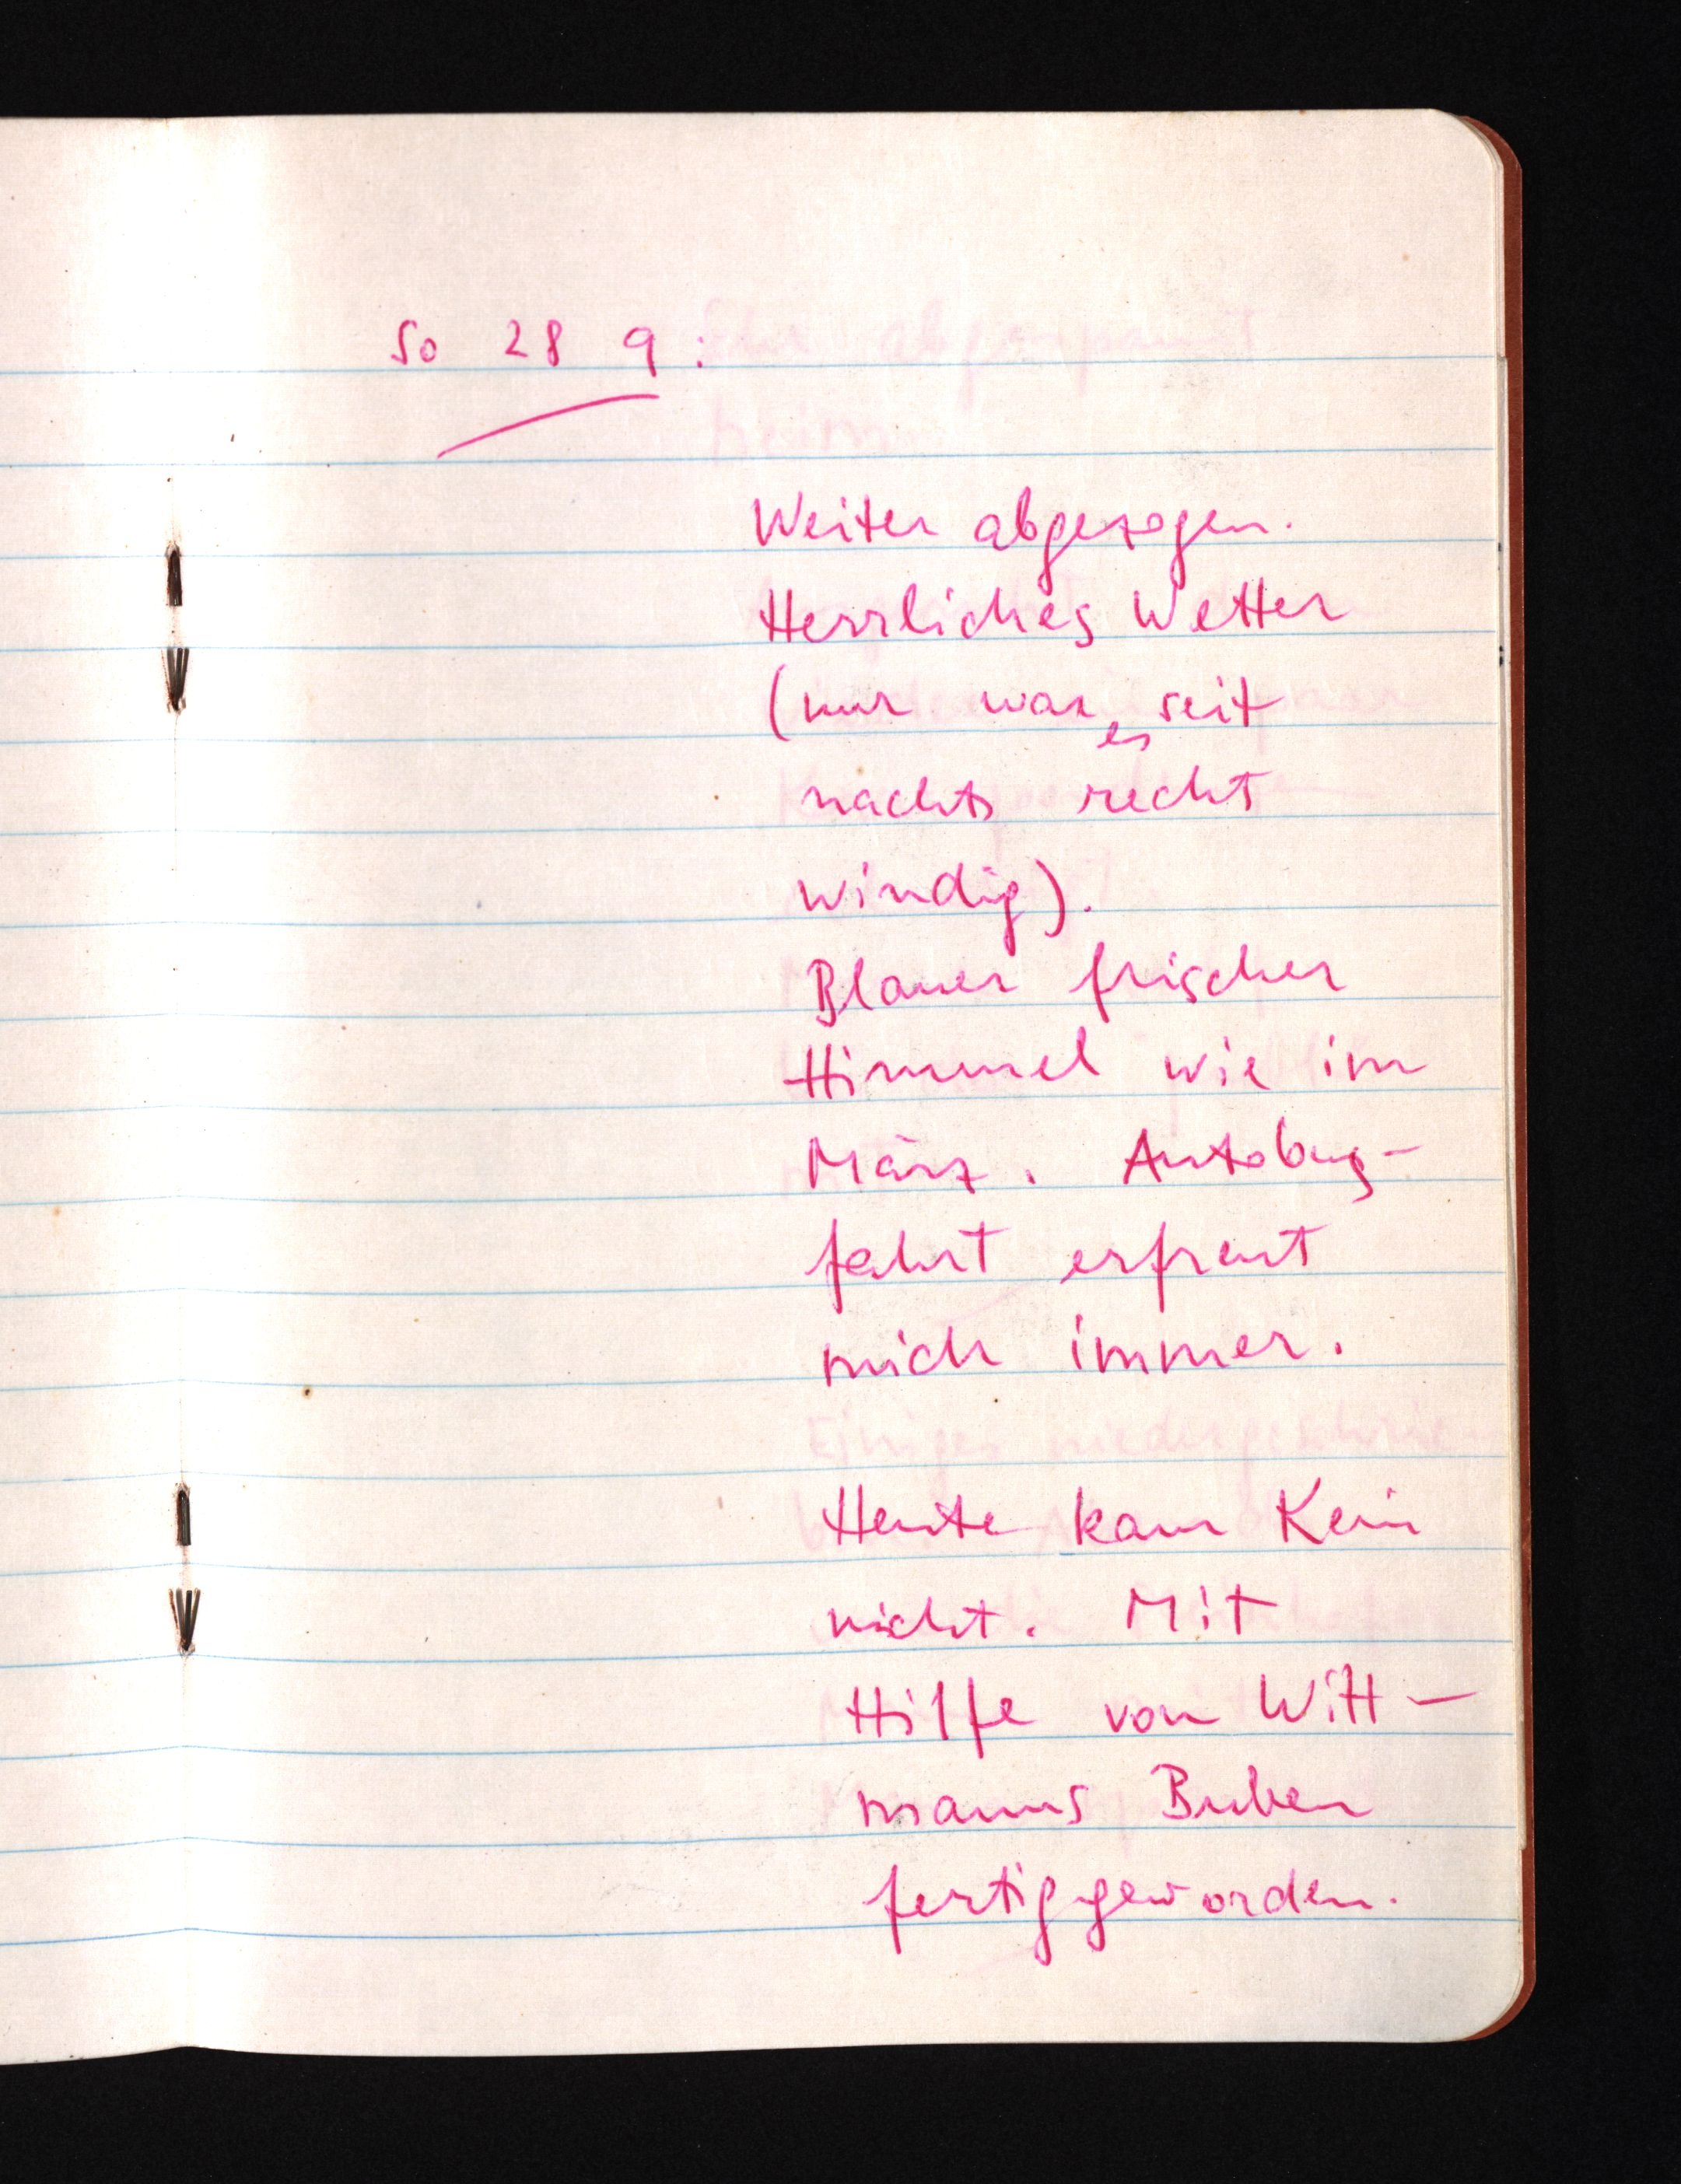
So 28 9:
Weiter abgezogen.
Herrliches Wetter
(nur war seit
es
nachts recht
windig).
Blauer frischer
Himmel wie im
März. Autobus¬
fahrt erfreut
mich immer.
Heute kam Kein
nicht. Mit
Hilfe von Witt¬
manns Buben
fertiggeworden.